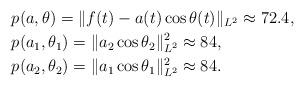
LaTeX: \begin{align*}&p(a, \theta)=\|f(t)-a(t)\cos\theta(t)\|_{L^2}\approx 72.4, \\&p(a_1, \theta_1)=\|a_2\cos\theta_2\|_{L^2}^2\approx 84, \\&p(a_2, \theta_2)=\|a_1\cos\theta_1\|_{L^2}^2\approx 84.\end{align*}